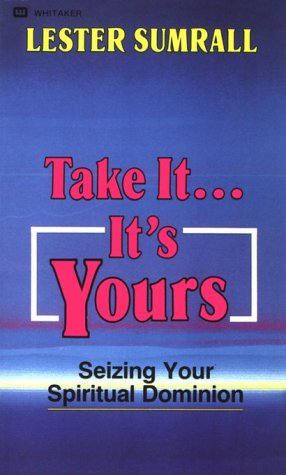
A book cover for Take It-It's Yours; Lester Frank Sumrall; Christian Books & Bibles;